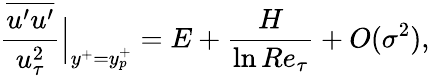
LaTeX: \frac{\overline{{u^{\prime}u^{\prime}}}}{u_{\tau}^{2}}\Big|_{y^{+}=y_{p}^{+}}=E+\frac{H}{\ln Re_{\tau}}+O(\sigma^{2}),